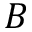
B